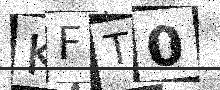
Text: KFT0